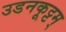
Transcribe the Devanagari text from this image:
उडनकूट्टम्